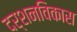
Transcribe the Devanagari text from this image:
दर्शनविकास